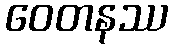
ဝေတနဿ